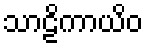
သာဠိကာယိဝ